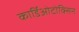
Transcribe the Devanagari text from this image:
कार्डिओटोक्सिन